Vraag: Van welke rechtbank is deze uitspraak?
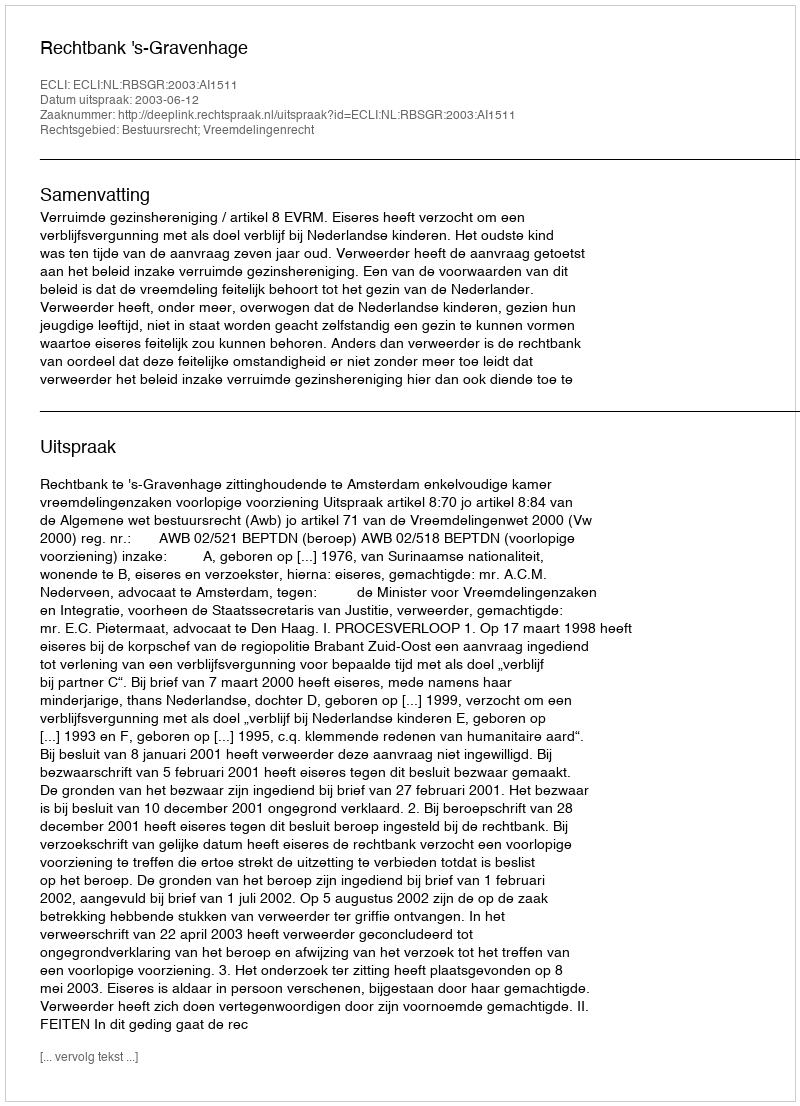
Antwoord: Rechtbank 's-Gravenhage